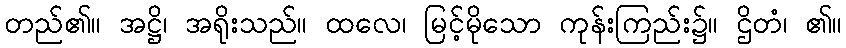
တည်၏။ အဋ္ဌိ၊ အရိုးသည်။ ထလေ၊ မြင့်မိုသော ကုန်းကြည်း၌။ ဌိတံ၊ ၏။